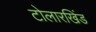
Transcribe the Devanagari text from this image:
टोलारखिंड